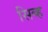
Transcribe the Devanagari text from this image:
सिब्ह